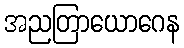
အညတြာယောဂေန